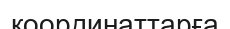
координаттарға